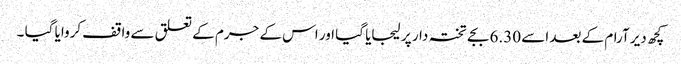
کچھ دیر آرام کے بعد اسے 6.30 بجے تختہ دار پر لیجایا گیا اور اس کے جرم کے تعلق سے واقف کروایا گیا ۔